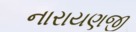
નારાયણજી